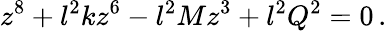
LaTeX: z^{8}+l^{2}kz^{6}-l^{2}Mz^{3}+l^{2}Q^{2}=0\, .